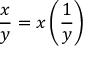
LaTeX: { \frac { x } { y } } = x \left( { \frac { 1 } { y } } \right)